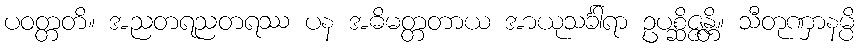
ပဝတ္တတိ။ အညတရညတရဿ ပန အဓိမတ္တတာယ အာယုသင်္ခါရာ ဥပစ္ဆိဇ္ဇန္တိ။ သီတုဏှာနမ္ပိ